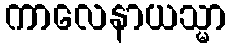
ကာလေနာယသ္မာ